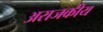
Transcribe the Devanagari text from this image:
अराजकीय